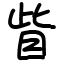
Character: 眥